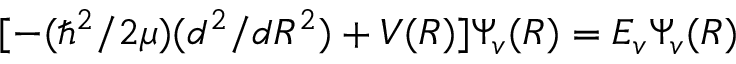
[ - ( \hbar ^ { 2 } / 2 \mu ) ( d ^ { 2 } / d R ^ { 2 } ) + V ( R ) ] \Psi _ { v } ( R ) = E _ { v } \Psi _ { v } ( R )